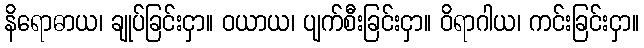
နိရောဓာယ၊ ချုပ်ခြင်းငှာ။ ဝယာယ၊ ပျက်စီးခြင်းငှာ။ ဝိရာဂါယ၊ ကင်းခြင်းငှာ။